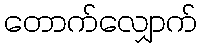
တောက်လျှောက်